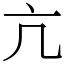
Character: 亢